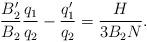
LaTeX: \begin{align*}\frac{B_{2}^{\prime }}{B_{2}}\frac{q_{1}}{q_{2}}-\frac{q_{1}^{\prime }}{q_{2}}=\frac{H}{3B_{2}N}. \end{align*}